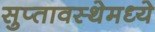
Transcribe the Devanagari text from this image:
सुप्‍तावस्थेमध्ये